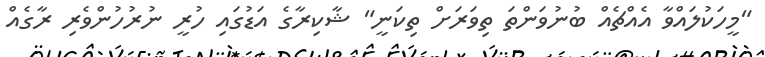
"މީހަކުލައްވާ އެއްޗެއް ބުނުވަންތަ ތިވަރަށް ތިކަނީ" ޝާކިރާގެ އަޑުގައި ހުރީ ނުރުހުންވެރި ރާގެއް